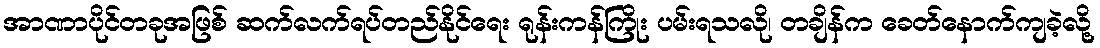
အာဏာပိုင်တခုအဖြစ် ဆက်လက်ရပ်တည်နိုင်ရေး ရုန်းကန်ကြိုး ပမ်းရသလို၊ တချိန်က ခေတ်နောက်ကျခဲ့လို့